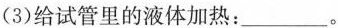
(3)给试管里的液体加热：___。